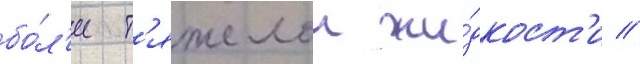
бо́л'ее т'яжелои жи́дкост'и //